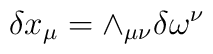
\delta x_{\mu} = \wedge_{\mu\nu}\delta\omega^{\nu}